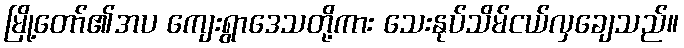
မြို့တော်၏အပ ကျေးရွာဒေသတို့ကား သေးနုပ်သိမ်ငယ်လှချေသည်။